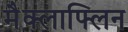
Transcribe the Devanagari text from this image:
मैक्लाफ्लिन